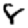
Digit: 8